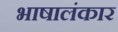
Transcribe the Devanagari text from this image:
भाषालंकार